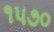
૧૫૭૦